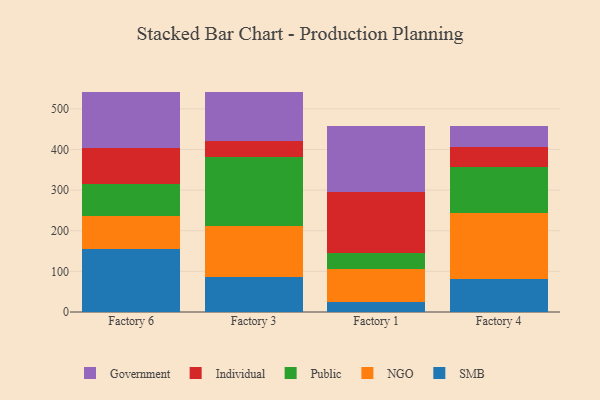
{"axis": {"x": "Factory", "y": "Budget (USD K)"}, "legend": ["Government", "Individual", "NGO", "Public", "SMB"], "data": [{"x": "Factory 6", "y": 156.2, "type": "SMB"}, {"x": "Factory 6", "y": 80.5, "type": "NGO"}, {"x": "Factory 6", "y": 78.4, "type": "Public"}, {"x": "Factory 6", "y": 89.1, "type": "Individual"}, {"x": "Factory 6", "y": 138.3, "type": "Government"}, {"x": "Factory 3", "y": 86.5, "type": "SMB"}, {"x": "Factory 3", "y": 125.0, "type": "NGO"}, {"x": "Factory 3", "y": 171.0, "type": "Public"}, {"x": "Factory 3", "y": 38.3, "type": "Individual"}, {"x": "Factory 3", "y": 119.8, "type": "Government"}, {"x": "Factory 1", "y": 23.5, "type": "SMB"}, {"x": "Factory 1", "y": 82.1, "type": "NGO"}, {"x": "Factory 1", "y": 39.3, "type": "Public"}, {"x": "Factory 1", "y": 149.4, "type": "Individual"}, {"x": "Factory 1", "y": 163.1, "type": "Government"}, {"x": "Factory 4", "y": 81.4, "type": "SMB"}, {"x": "Factory 4", "y": 162.8, "type": "NGO"}, {"x": "Factory 4", "y": 113.0, "type": "Public"}, {"x": "Factory 4", "y": 48.6, "type": "Individual"}, {"x": "Factory 4", "y": 52.1, "type": "Government"}]}